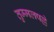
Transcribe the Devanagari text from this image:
तुम्मलपल्ले